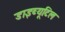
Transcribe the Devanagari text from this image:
डाइब्यूटिल